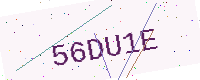
Text: 56DU1E